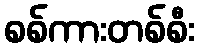
စစ်ကားတစ်စီး